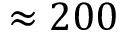
\approx 2 0 0